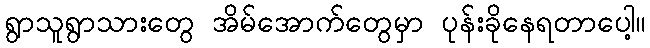
ရွာသူရွာသားတွေ အိမ်အောက်တွေမှာ ပုန်းခိုနေရတာပေါ့။